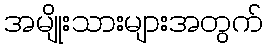
အမျိုးသားများအတွက်